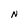
Character: N